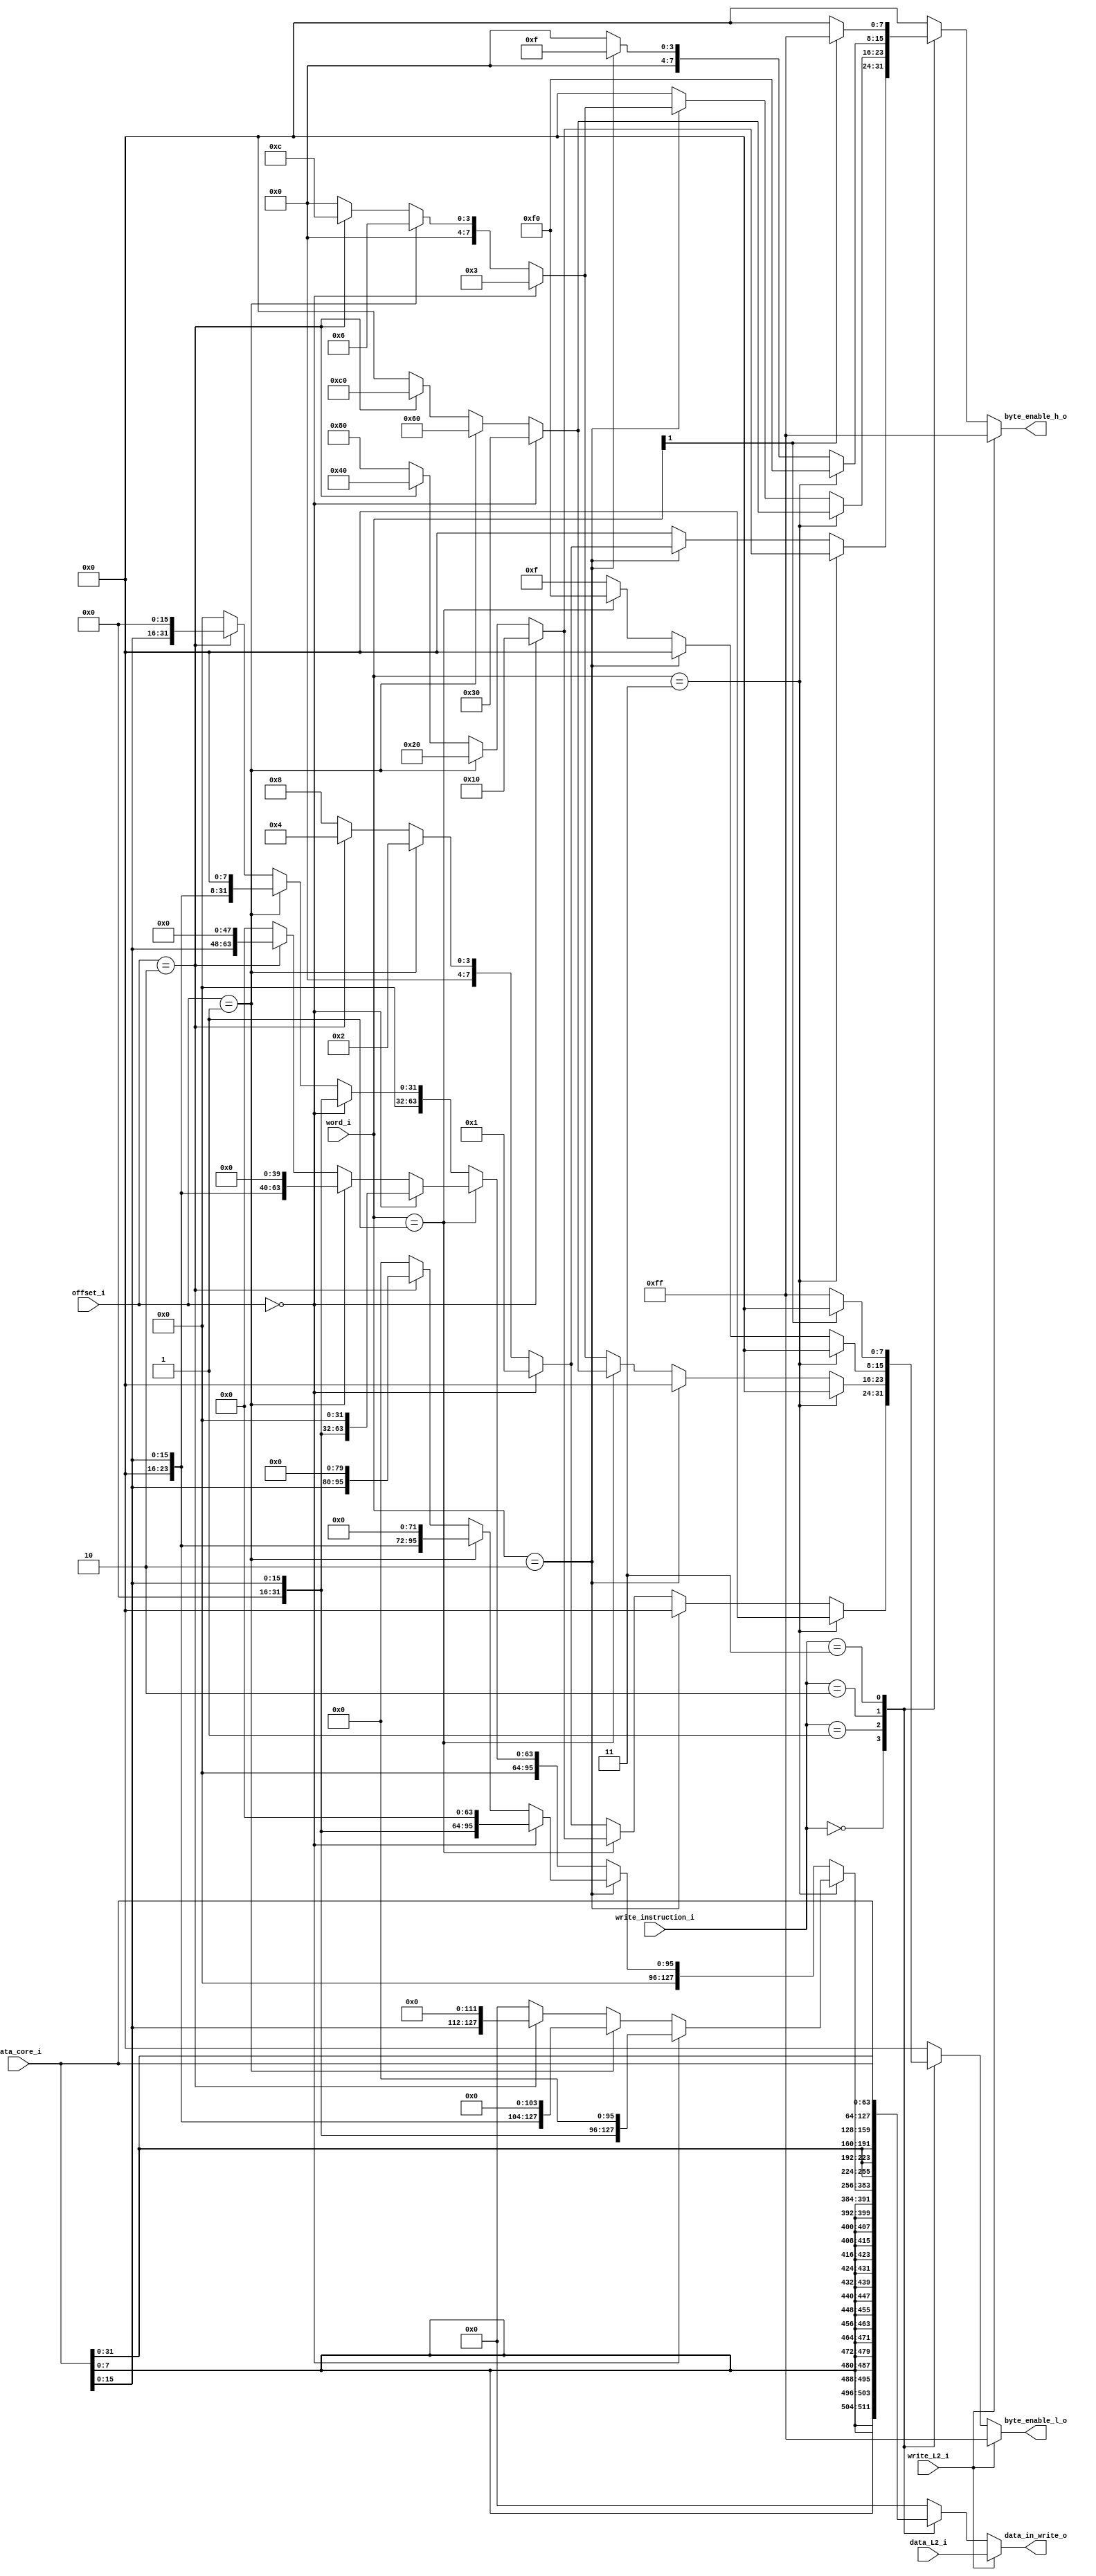
`timescale 1ns / 1ps
module Cache_STORE_L1_data#(parameter offset_size = 2, parameter word_size = 2, parameter block_size = 128)(
    input write_L2_i, // write from L2
    input [block_size-1:0] data_L2_i, // input from L2 cahe
    input [63:0] data_core_i, // input from core
    input [offset_size-1:0] offset_i,
    input [word_size-1:0] word_i,
    input [2:0] write_instruction_i,
    output reg [7:0] byte_enable_h_o, // high indexed byte enable signals
    output reg [7:0] byte_enable_l_o, // low  indexed byte enable signals
    output reg [block_size-1:0] data_in_write_o // which data will be written into L1 data cache
  );

    parameter SB = 3'b000, // parametric STORE signals (according to RISC-V FUNCT3)
              SH = 3'b001,
              SW = 3'b010,
              SD = 3'b011;

    always @(*) begin 
        if(write_L2_i) begin // If write from L2 all byte enables are 1
            data_in_write_o = data_L2_i;
            byte_enable_h_o = 8'b1111_1111;
            byte_enable_l_o = 8'b1111_1111;
        end
        else begin
            case(write_instruction_i) // Here, actually byte_enables are manipulated and controlled according to the word and offsets. At the same time, data_in_write should be changed in the same way so that the written data is compatible with the byte_enable signals there.
            SB: begin
                data_in_write_o = {16{data_core_i[7:0]}}; // Since LSB will be written in 8 bits, we will copy it to all bits so that there is no error.
                if(word_i == 2'b11) begin
                    byte_enable_l_o = 8'b0000_0000; //word_i [1] == 1 so byte_enable_l_o = 0
                    if (offset_i == 2'b00) begin
                        byte_enable_h_o = 8'b0001_0000; // the most meaningless byte_enable of the high word of the high side 1
                    end
                    else if(offset_i == 2'b01) begin
                        byte_enable_h_o = 8'b0010_0000; // byte_enable of the 1st byte of the high word of the high side is 1
                    end
                    else if(offset_i == 2'b10) begin
                        byte_enable_h_o = 8'b0100_0000; // byte_enable of the 2nd byte of the high word of the high side is 1
                    end
                    else begin
                        byte_enable_h_o = 8'b1000_0000; // byte_enable of the 3rd byte of the high word of the high side is 1
                    end
                end
                else if (word_i == 2'b10) begin
                    byte_enable_l_o = 8'b0000_0000; //word_i [1] == 1 so byte_enable_l_o = 0
                    if (offset_i == 2'b00) begin
                        byte_enable_h_o = 8'b0000_0001; // the most meaningless byte_enable of the low word of the high side is 1
                    end
                    else if(offset_i == 2'b01) begin
                        byte_enable_h_o = 8'b0000_0010; // byte_enable of the 1st byte of the low word of the high side is 1
                    end
                    else if(offset_i == 2'b10) begin
                        byte_enable_h_o = 8'b0000_0100; // byte_enable of the 2nd byte of the low word of the high side is 1
                    end
                    else begin
                        byte_enable_h_o = 8'b0000_1000; // byte_enable of the 3rd byte of the low word of the high side is 1
                    end
                end
                else if (word_i == 2'b01) begin
                    byte_enable_h_o = 8'b0000_0000; //word_i [1] == 0 so byte_enable_h_o = 0
                    if (offset_i == 2'b00) begin
                        byte_enable_l_o = 8'b0001_0000; // the most meaningless byte_enable of the high word of the low side is 1
                    end
                    else if(offset_i == 2'b01) begin
                        byte_enable_l_o = 8'b0010_0000; // byte_enable of the 1st byte of the high word of the low side is 1
                    end
                    else if(offset_i == 2'b10) begin
                        byte_enable_l_o = 8'b0100_0000; // byte_enable of the 2nd byte of the high word of the low side is 1
                    end
                    else begin
                        byte_enable_l_o = 8'b1000_0000; // byte_enable of the 3rd byte of the high word of the low side is 1
                    end
                end
                else begin
                    byte_enable_h_o = 8'b0000_0000; //word_i [1] == 0 so byte_enable_h_o = 0
                    if (offset_i == 2'b00) begin
                        byte_enable_l_o = 8'b0000_0001; // the most meaningless byte_enable of the low word of the low side is 1
                    end
                    else if(offset_i == 2'b01) begin
                        byte_enable_l_o = 8'b0000_0010;  // byte_enable of 1st byte of low word of low side is 1
                    end
                    else if(offset_i == 2'b10) begin
                        byte_enable_l_o = 8'b0000_0100;  // byte_enable of 2nd byte of low word of low side is 1
                    end
                    else begin
                        byte_enable_l_o = 8'b0000_1000;  // byte_enable of 3rd byte of low word of low side is 1
                    end
                end
                end
            SH: begin 
                if(word_i == 2'b11) begin
                    byte_enable_l_o = 8'b0000_0000; //word_i [1] == 1 so byte_enable_l_o = 0
                    if (offset_i == 2'b00) begin
                        byte_enable_h_o = 8'b0011_0000;  // byte_enable of the 2 most meaningless bytes of the high word of the high side is 1
                        data_in_write_o = {16'b0,data_core_i[15:0],32'b0,64'b0}; // data is aligned to the same place as the byte_enable signals
                    end
                    else if(offset_i == 2'b01) begin
                        byte_enable_h_o = 8'b0110_0000; // 2nd and 3rd byte of high word of high side byte_enable is 1
                        data_in_write_o = {8'b0,data_core_i[15:0],8'b0,32'b0,64'b0};  // data is aligned to the same place as the byte_enable signals
                    end
                    else if(offset_i == 2'b10) begin
                        byte_enable_h_o = 8'b1100_0000; // 3rd and 4th byte of high word of high side byte_enable is 1
                        data_in_write_o = {data_core_i[15:0],16'b0,32'b0,64'b0}; // data is aligned to the same place as the byte_enable signals
                    end
                    else begin // Logic ERROR. Reading is made from non-Word. Algorithmic continuation can also be done here, but it is non-logical.
                        byte_enable_h_o = 8'b0000_0000;
                        data_in_write_o = {128'b0};
                    end
                end
                else if(word_i == 2'b10) begin
                    byte_enable_l_o = 8'b0000_0000; //word_i [1] == 1 so byte_enable_l_o = 0
                    if (offset_i == 2'b00) begin
                        byte_enable_h_o = 8'b0000_0011; // byte_enable of the 2 most meaningless bytes of the low word of the high side is 1
                        data_in_write_o = {48'b0,data_core_i[15:0],64'b0}; // data is aligned to the same place as the byte_enable signals
                    end
                    else if(offset_i == 2'b01) begin
                        byte_enable_h_o = 8'b0000_0110; // 2nd and 3rd byte of low word of high side byte_enable is 1
                        data_in_write_o = {40'b0,data_core_i[15:0],8'b0,64'b0}; // data is aligned to the same place as the byte_enable signals
                    end
                    else if(offset_i == 2'b10) begin
                        byte_enable_h_o = 8'b0000_1100; // 3rd and 4th byte of low word of high side byte_enable is 1
                        data_in_write_o = {32'b0,data_core_i[15:0],16'b0,64'b0}; // data is aligned to the same place as the byte_enable signals
                    end
                    else begin // Logic ERROR. Reading is made from non-Word. Algorithmic continuation can also be done here, but it is non-logical.
                        byte_enable_h_o = 8'b0000_0000;
                        data_in_write_o = {128'b0};
                    end
                end
                else if(word_i == 2'b01) begin
                    byte_enable_h_o = 8'b0000_0000; //word_i [1] == 0 so byte_enable_h_o = 0
                    if (offset_i == 2'b00) begin
                        byte_enable_l_o = 8'b0011_0000; // byte_enable of the 2 most meaningless bytes of the high word of the low side is 1
                        data_in_write_o = {64'b0,16'b0,data_core_i[15:0],32'b0}; // data is aligned to the same place as the byte_enable signals
                    end
                    else if(offset_i == 2'b01) begin
                        byte_enable_l_o = 8'b0110_0000; // 2nd and 3rd byte of high word of low side byte_enable is 1
                        data_in_write_o = {64'b0,8'b0,data_core_i[15:0],8'b0,32'b0}; // data is aligned to the same place as the byte_enable signals
                    end
                    else if(offset_i == 2'b10) begin
                        byte_enable_l_o = 8'b1100_0000; // 3rd and 4th byte of high word of low side byte_enable is 1
                        data_in_write_o = {64'b0,data_core_i[15:0],16'b0,32'b0}; // data is aligned to the same place as the byte_enable signals
                    end
                    else begin // Logic ERROR. Reading is made from non-Word. Algorithmic continuation can also be done here, but it is non-logical.
                        byte_enable_l_o = 8'b0000_0000;
                        data_in_write_o = {128'b0};
                    end
                end
                else begin
                    byte_enable_h_o = 8'b0000_0000; //word_i [1] == 0 oldugundan byte_enable_h_o = 0 olacak
                    if (offset_i == 2'b00) begin
                        byte_enable_l_o = 8'b0000_0011; // byte_enable of the 2 most meaningless bytes of the low word of the low side is 1
                        data_in_write_o = {64'b0,48'b0,data_core_i[15:0]}; // data is aligned to the same place as the byte_enable signals
                    end
                    else if(offset_i == 2'b01) begin
                        byte_enable_l_o = 8'b0000_0110; // 2nd and 3rd byte of low word of low side byte_enable is 1
                        data_in_write_o = {64'b0,40'b0,data_core_i[15:0],8'b0}; // data is aligned to the same place as the byte_enable signals
                    end
                    else if(offset_i == 2'b10) begin
                        byte_enable_l_o = 8'b0000_1100; // 3rd and 4th byte of low word of low side byte_enable is 1
                        data_in_write_o = {64'b0,32'b0,data_core_i[15:0],16'b0}; // data is aligned to the same place as the byte_enable signals
                    end
                    else begin // Logic ERROR. Reading is made from non-Word. Algorithmic continuation can also be done here, but it is non-logical.
                        byte_enable_l_o = 8'b0000_0000;
                        data_in_write_o = {128'b0};
                    end
                end
            end
            SW: begin
                data_in_write_o = {4{data_core_i[31:0]}}; // Since LSB will be written in 32 bits, we will copy it to all bits so that there is no error.            
                if(word_i == 2'b11) begin
                    byte_enable_l_o = 8'b0000_0000; //word_i [1] == 1 so byte_enable_l_o = 0
                    byte_enable_h_o = 8'b1111_0000; // Since word_i == 2'b11, the byte enable of the high word of the high side is 1
                end
                else if(word_i == 2'b10) begin
                    byte_enable_l_o = 8'b0000_0000; //Since word_i [1] == 1, so byte_enable_l_o = 0
                    byte_enable_h_o = 8'b0000_1111; // Since word_i == 2'b10, the byte enable of the low word of the high side is 1
                end
                else if(word_i == 2'b01) begin
                    byte_enable_l_o = 8'b1111_0000; // Since word i == 2'b01, byte enable of high word of low side is 1
                    byte_enable_h_o = 8'b0000_0000; //word_i [1] == 0 so byte_enable_h_o = 0
                end
                else begin
                    byte_enable_l_o = 8'b0000_1111; // Since word i == 2'b00, byte enable of low word of low side is 1
                    byte_enable_h_o = 8'b0000_0000; //word_i [1] == 0 so byte_enable_h_o = 0
                end
            end
            SD: begin
                data_in_write_o = {2{data_core_i[63:0]}}; // Since LSB 64 bit is written, we will copy it to all bits so that there is no error.
                if(word_i[1] == 1'b1) begin
                    byte_enable_h_o = 8'b1111_1111; // Since the store will be made into a double word and word_i is [1] == 1, all byte_enable_h_o will be 1
                    byte_enable_l_o = 8'b0000_0000; //word_i [1] == 1 so byte_enable_l_o = 0
                end
                else begin
                    byte_enable_h_o = 8'b0000_0000; //word_i [1] == 0 so byte_enable_h_o = 0
                    byte_enable_l_o = 8'b1111_1111; // Since the store will be made into a double word and word_i is [1] == 0, all byte_enable_l_o will be 1
                end
            end
            default: begin
                byte_enable_h_o = 8'b0000_0000;
                byte_enable_l_o = 8'b0000_0000;
                data_in_write_o = 128'b0;
            end
            endcase
        end
    end
endmodule